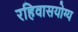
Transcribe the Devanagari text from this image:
रहिवासयोग्य